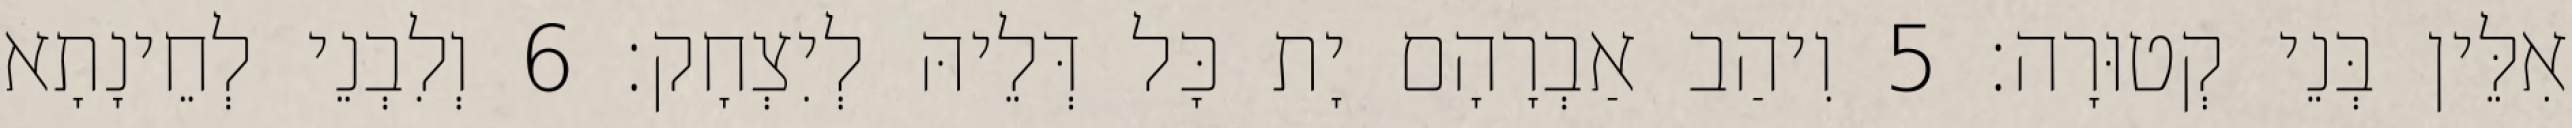
אִלֵּין בְּנֵי קְטוּרָה׃ 5 וִיהַב אַבְרָהָם יָת כָּל דְּלֵיהּ לְיִצְחָק׃ 6 וְלִבְנֵי לְחֵינָתָא